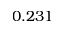
0 . 2 3 1